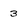
Character: 3